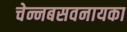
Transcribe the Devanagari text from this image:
चेन्नबसवनायका